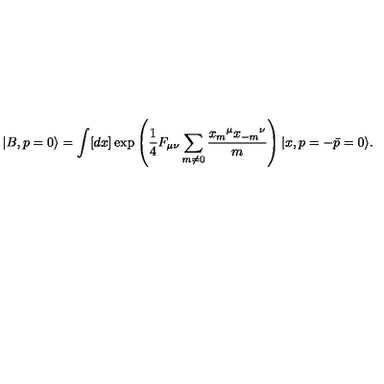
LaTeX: | B , p = 0 \rangle = \int [ d x ] \exp \left( { \frac { 1 } { 4 } } F _ { \mu \nu } \sum _ { m \neq 0 } { \frac { { x _ { m } } ^ { \mu } { x _ { - m } } ^ { \nu } } { m } } \right) | x , p = - \bar { p } = 0 \rangle .